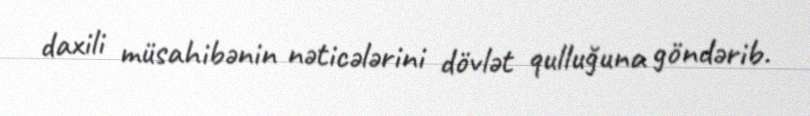
daxili müsahibənin nəticələrini dövlət qulluğuna göndərib.